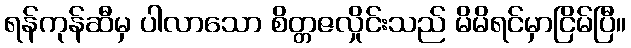
ရန်ကုန်ဆီမှ ပါလာသော စိတ္တဇလှိုင်းသည် မိမိရင်မှာငြိမ်ပြီ။